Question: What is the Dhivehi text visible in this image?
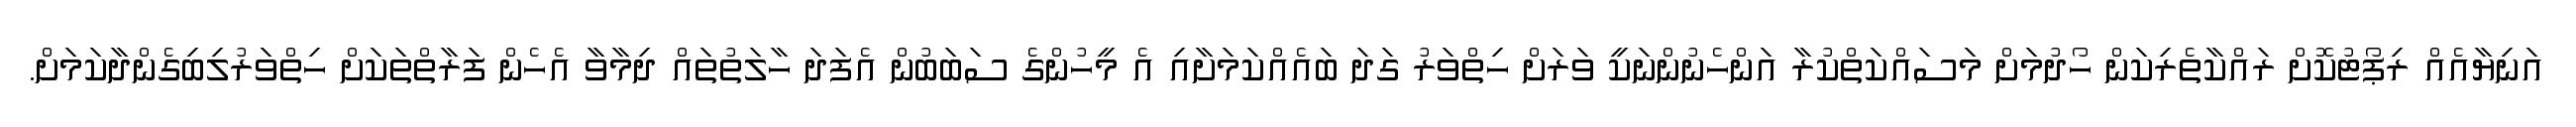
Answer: އަނިޔާއެއް ރިޕޯޓުކޮށް ރައްކާތެރިކަން ހޯދުމަށް މަސައްކަތްކުރާ އަންހެނުންނަކީ ވަރަށް ހިތްވަރު ގަދަ ބައެއްކަމަށާއި އެ މީހުންގެ ސަބަބުން އެފަދަ ހާލަތުތައް ދިމާވާ އެހެން ފަރާތްތަކަށް ހިތްވަރުލިބިގެންދާކަމަށް.